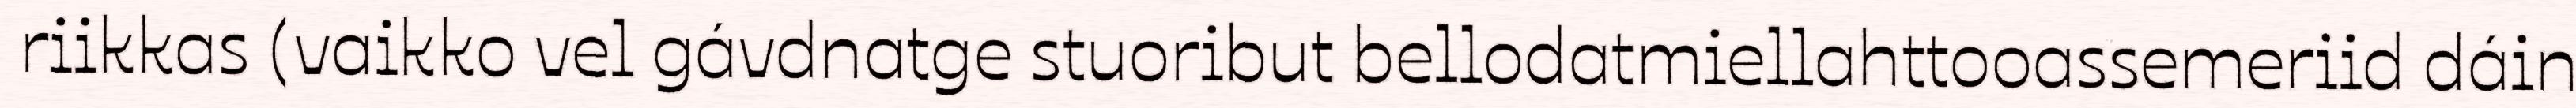
riikkas (vaikko vel gávdnatge stuoribut bellodatmiellahttooassemeriid dáin